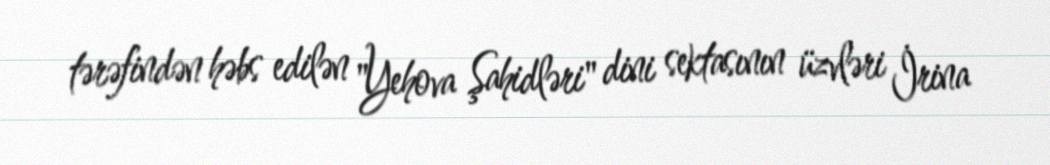
tərəfindən həbs edilən "Yehova Şahidləri" dini sektasının üzvləri İrina